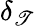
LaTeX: \delta_{\mathscr{T}}